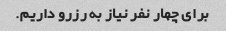
برای چهار نفر نیاز به رزرو داریم.